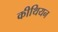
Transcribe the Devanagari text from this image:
कीथियन